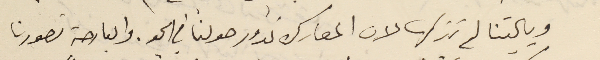
ويا ليتنا لم نتركها لان المعارك تدور حولنا في الجو. والبارحة تصورنا